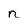
Character: n